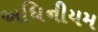
અધિનીયમ